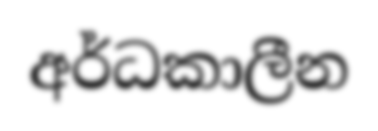
අර්ධකාලීන